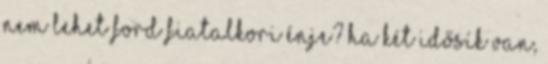
nem lehet Ford fiatalkori énje? Ha két idősík van,